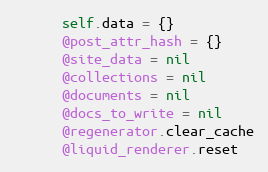
Language: Ruby
      self.data = {}
      @post_attr_hash = {}
      @site_data = nil
      @collections = nil
      @documents = nil
      @docs_to_write = nil
      @regenerator.clear_cache
      @liquid_renderer.reset